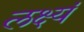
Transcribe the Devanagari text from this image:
लक्ष्यं